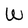
Character: W